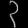
Digit: ၃